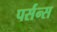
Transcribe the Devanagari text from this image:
पर्संन्स